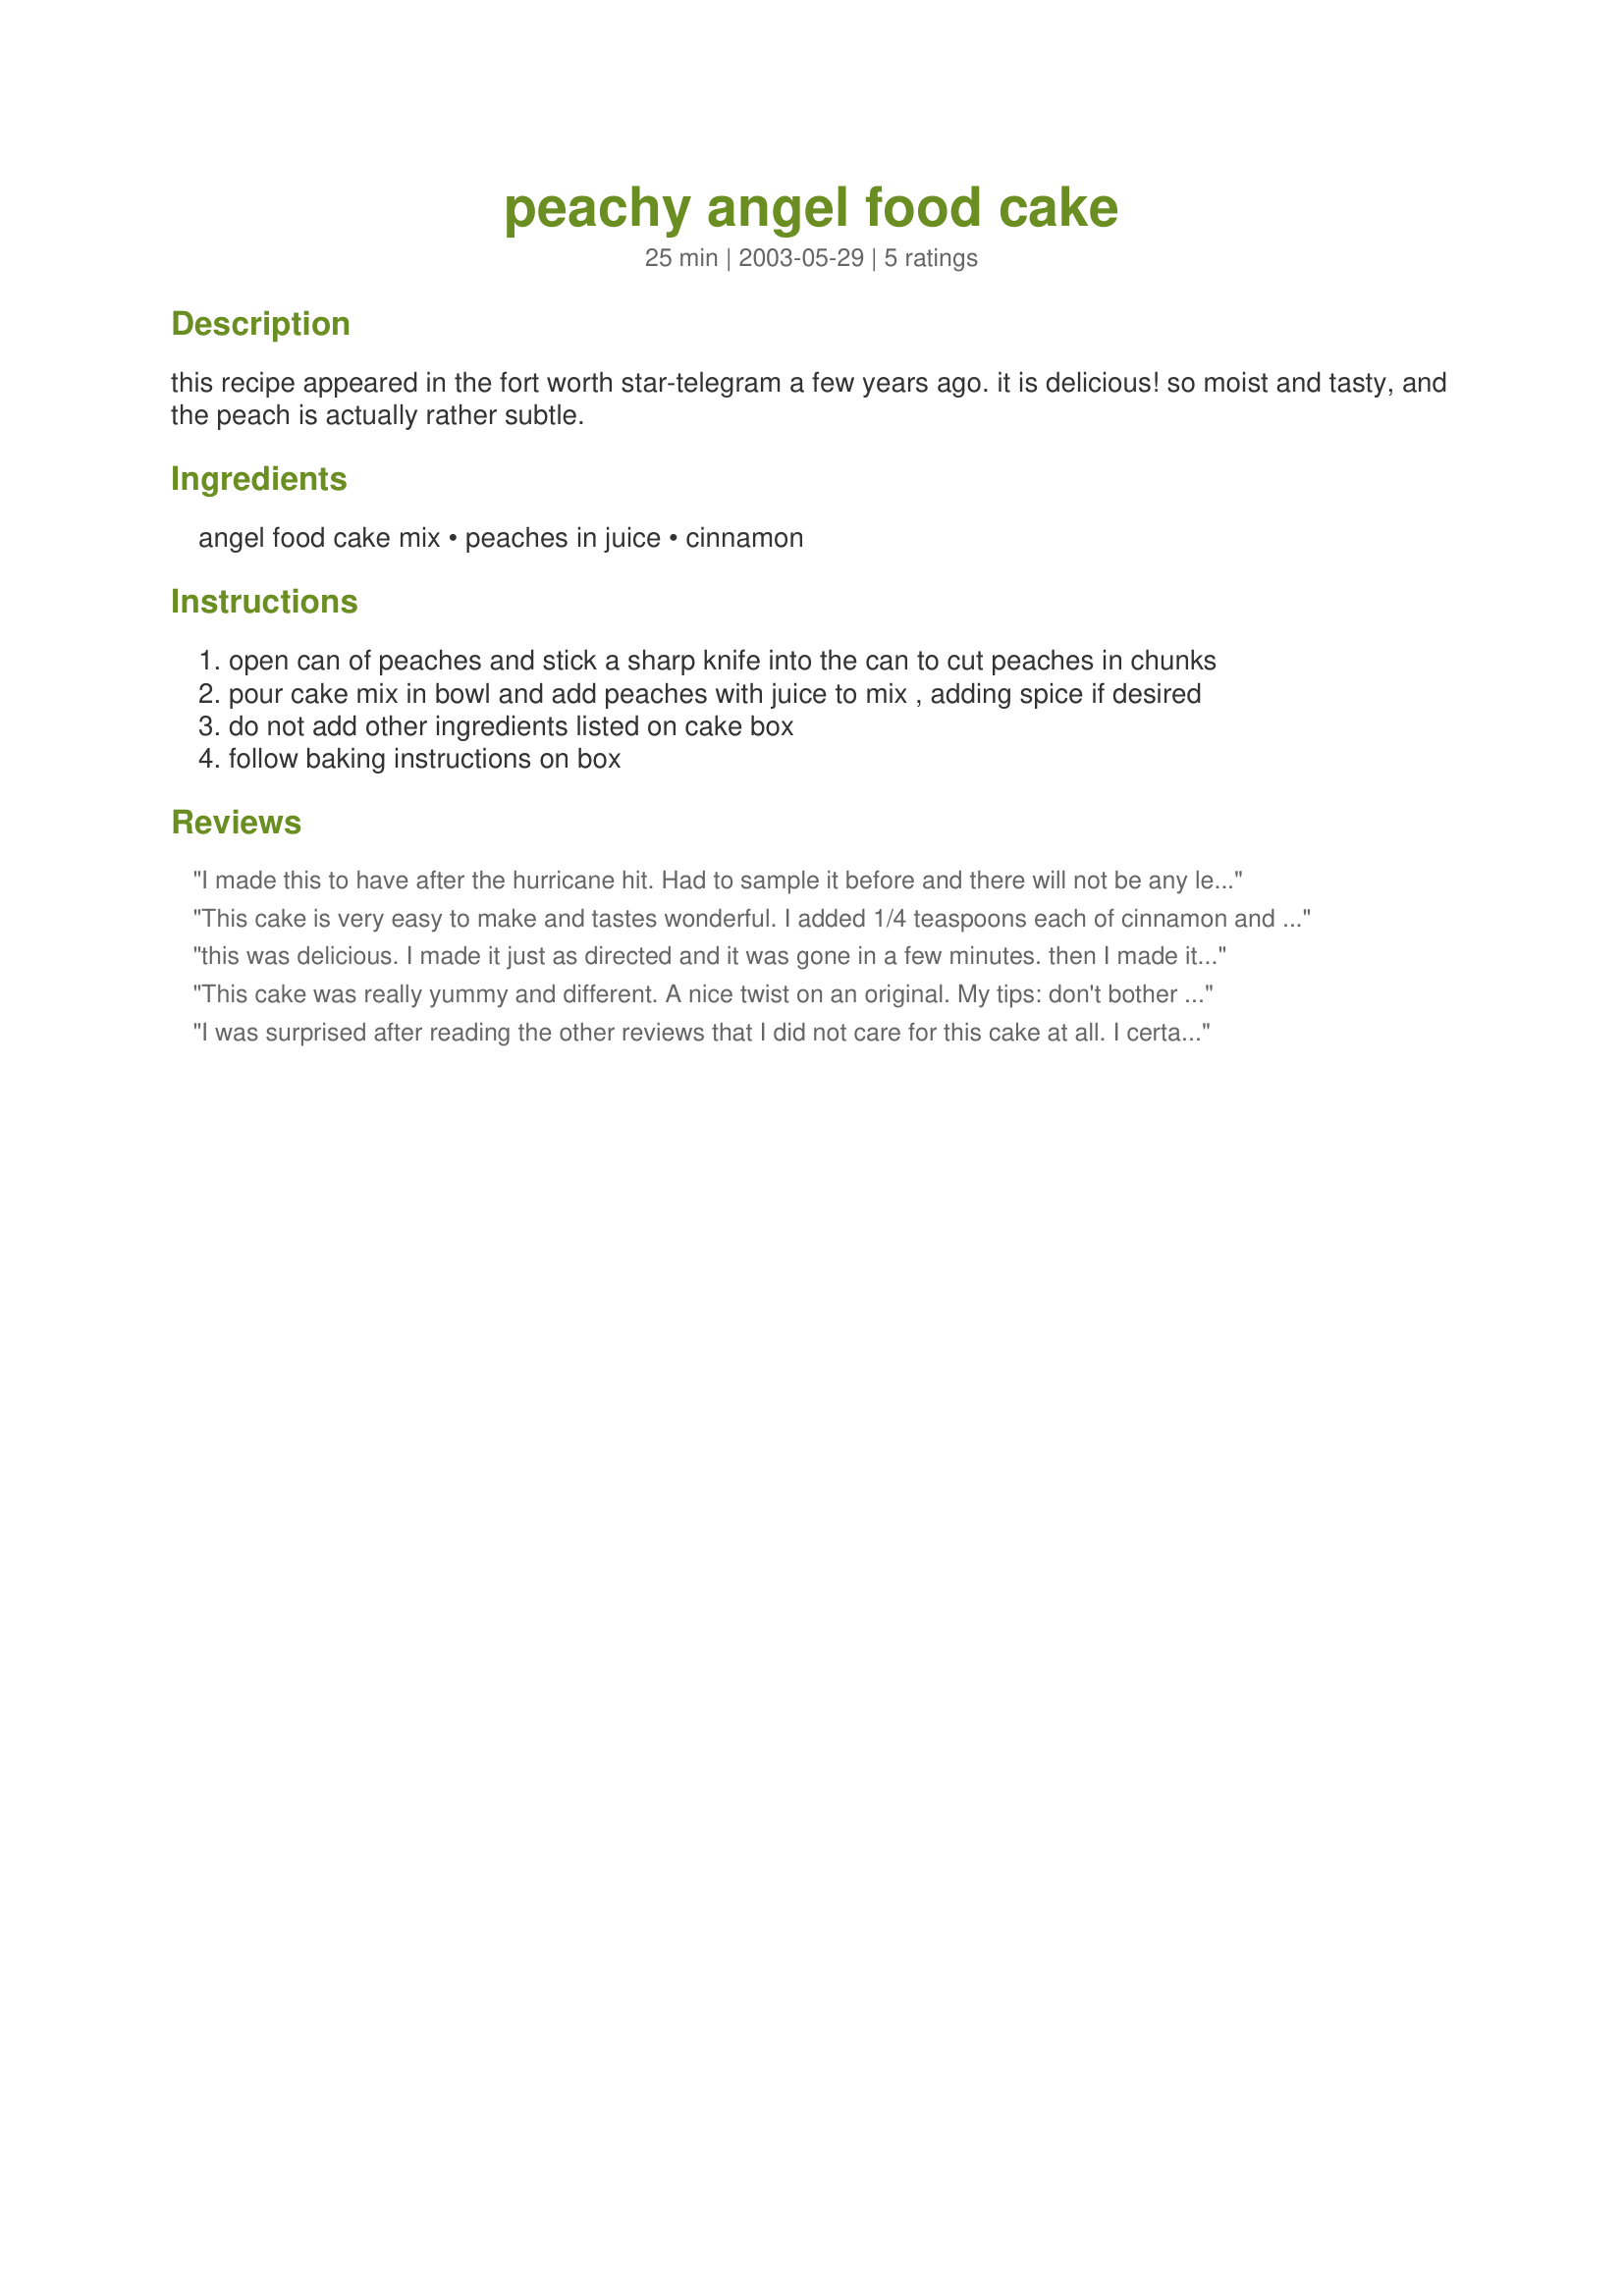
peachy angel food cake
Preparation time: 25 minutes

this recipe appeared in the fort worth star-telegram a few years ago. it is delicious! so moist and tasty, and the peach is actually rather subtle.

Ingredients:
angel food cake mix, peaches in juice, cinnamon

Steps:
open can of peaches and stick a sharp knife into the can to cut peaches in chunks
pour cake mix in bowl and add peaches with juice to mix , adding spice if desired
do not add other ingredients listed on cake box
follow baking instructions on box

Reviews:
I made this to have after the hurricane hit. Had to sample it before and there will not be any left to have after the hurricane!! It is very yummy!! Very quick and easy to put together. Thank you for posting!
This cake is very easy to make and tastes wonderful. I added 1/4 teaspoons each of cinnamon and nutmeg. Thanks for sharing your recipe kitchengrrl. I'll be making this cake often.
this was delicious. I made it just as directed and it was gone in a few minutes. then I made it with pears instead 0f peaches and it was just as good.
This cake was really yummy and different. A nice twist on an original. 
My tips: don't bother using the knife to cut up the peaches; when you dump them in the cake mix and beat w/ a mixer, they break up nicely. I also covered the cake w/ foil for the latter half of baking b/c it was getting a bit too brown.
Served this w/ mixed berry sauce and whipped cream. Yum.
I was surprised after reading the other reviews that I did not care for this cake at all. I certainly would not like it at all if I had not made a peach sauce to accompany it. I won't make again.
